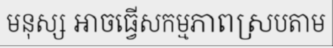
មនុស្ស អាចធ្វើសកម្មភាពស្របតាម